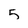
Character: 5